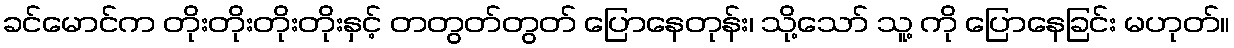
ခင်မောင်က တိုးတိုးတိုးတိုးနှင့် တတွတ်တွတ် ပြောနေတုန်း၊ သို့သော် သူ့ ကို ပြောနေခြင်း မဟုတ်။